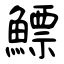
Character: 鰾